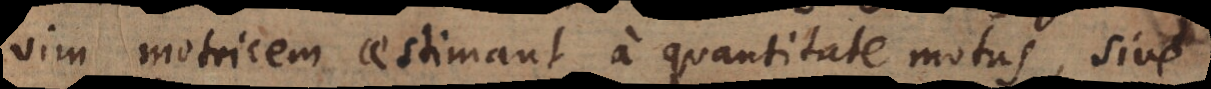
vim motricem aestimant a quantitate motus, sive